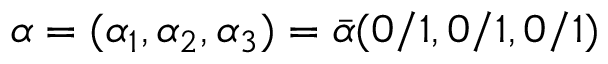
\alpha = ( \alpha _ { 1 } , \alpha _ { 2 } , \alpha _ { 3 } ) = \bar { \alpha } ( 0 / 1 , 0 / 1 , 0 / 1 )